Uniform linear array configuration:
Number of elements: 16
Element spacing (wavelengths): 0.75
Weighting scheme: hamming
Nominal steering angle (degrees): -30
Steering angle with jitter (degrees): -31.264
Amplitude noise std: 0.05
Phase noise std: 0.05

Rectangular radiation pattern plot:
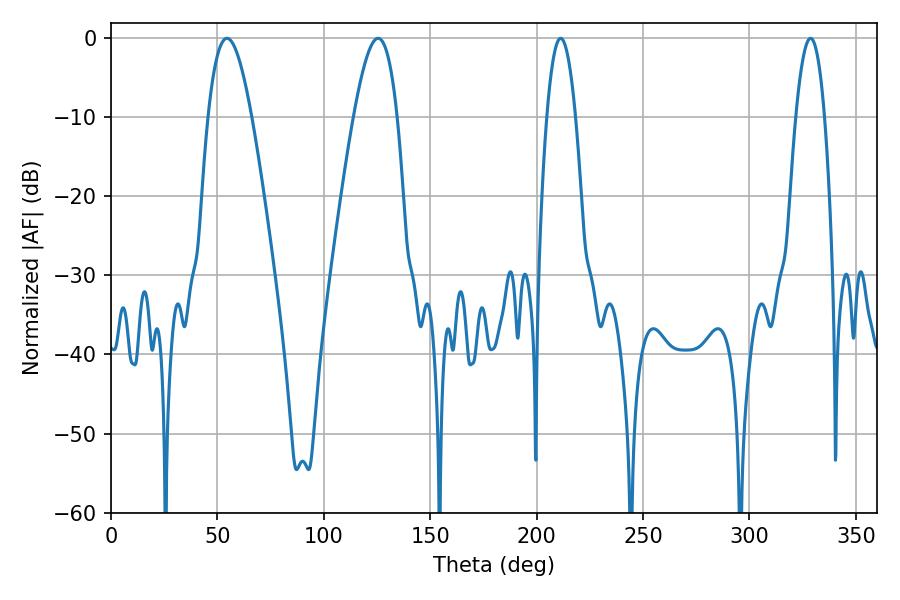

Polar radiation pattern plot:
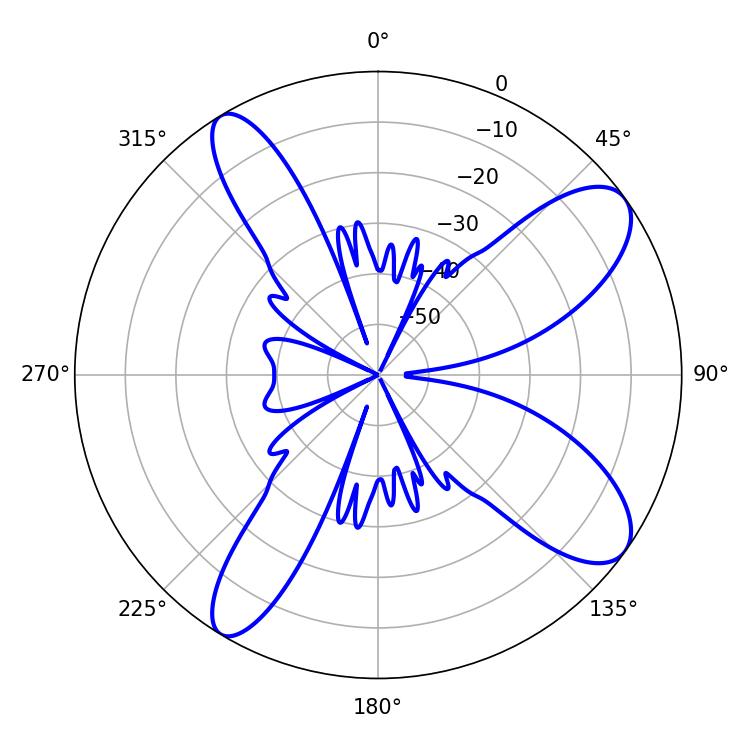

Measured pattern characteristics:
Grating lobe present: TRUE
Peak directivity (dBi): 10.02
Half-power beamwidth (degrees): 11.16
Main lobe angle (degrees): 54.54